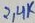
Text: 2,4K